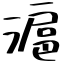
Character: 滬